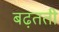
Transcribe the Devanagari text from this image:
बढ़तती